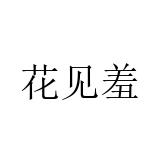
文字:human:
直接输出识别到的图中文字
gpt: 花见羞